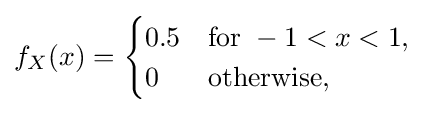
f_{X}(x)={\begin{cases}0.5&{\text{for }}-1<x<1,\\0&{\text{otherwise}},\end{cases}}